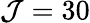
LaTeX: \mathcal{J}=30